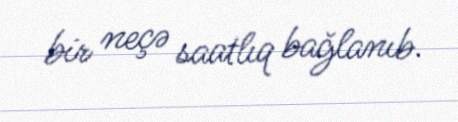
bir neçə saatlıq bağlanıb.